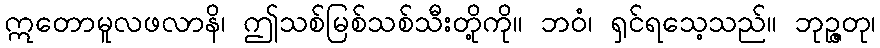
ဣတောမူလဖလာနိ၊ ဤသစ်မြစ်သစ်သီးတို့ကို။ ဘဝံ၊ ရှင်ရသေ့သည်။ ဘုဉ္ဇတု၊